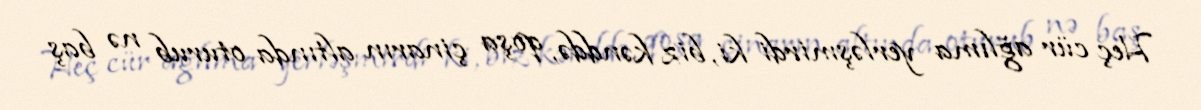
Heç cür ağlıma yerləşmirdi ki, biz kənddə, qoşa çinarın altında oturub nə baş